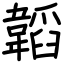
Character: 韜